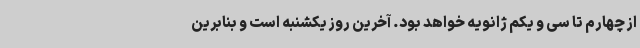
از چهارم تا سی و یکم ژانویه خواهد بود. آخرین روز یکشنبه است و بنابرین